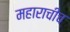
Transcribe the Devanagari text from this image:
महाराचीच